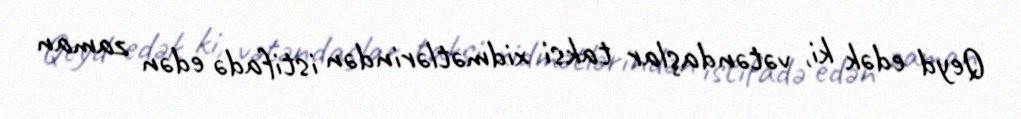
Qeyd edək ki, vətəndaşlar taksi xidmətlərindən istifadə edən zaman